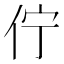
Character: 佇